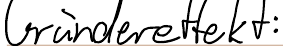
Gründereffekt: